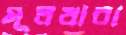
মূলধারা